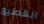
القطيع